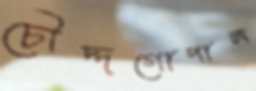
চৌদ্দগোপাল